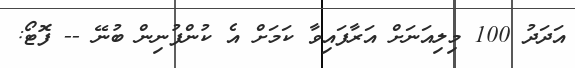
އަދަދު 100 މިލިއަނަށް އަރާފައިވާ ކަމަށް އެ ކުންފުނިން ބުނޭ -- ފޮޓޯ: